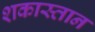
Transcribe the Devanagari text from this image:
शकास्तान